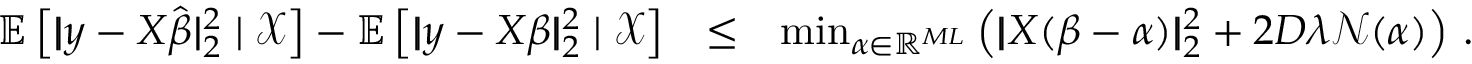
\begin{array} { r l r } { \mathbb E \left[ | \! | \boldsymbol { y } - X \hat { \boldsymbol { \beta } } | \! | _ { 2 } ^ { 2 } \mid \mathcal X \right] - \mathbb E \left[ | \! | \boldsymbol { y } - X { \boldsymbol { \beta } } | \! | _ { 2 } ^ { 2 } \mid \mathcal X \right] } & { \leq } & { \operatorname* { m i n } _ { \alpha \in \mathbb R ^ { M L } } \left( | \! | X ( \boldsymbol { \beta } - \boldsymbol { \alpha } ) | \! | _ { 2 } ^ { 2 } + 2 D \lambda \mathcal N ( \boldsymbol { \alpha } ) \right) \, . } \end{array}